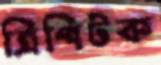
ত্রিপিটক